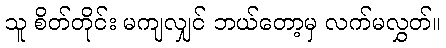
သူ စိတ်တိုင်း မကျလျှင် ဘယ်တော့မှ လက်မလွှတ်။